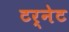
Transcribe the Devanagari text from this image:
टर्नेट